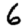
Digit: 6